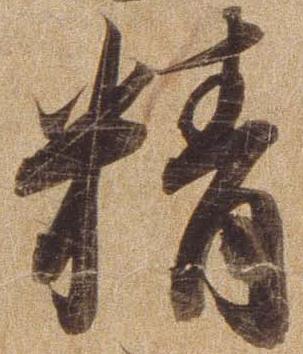
精